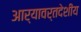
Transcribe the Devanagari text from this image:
आर्यावर्तदेशीय